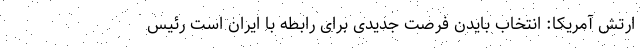
ارتش آمریکا: انتخاب بایدن فرصت جدیدی برای رابطه با ایران است رئیس